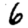
Digit: 6